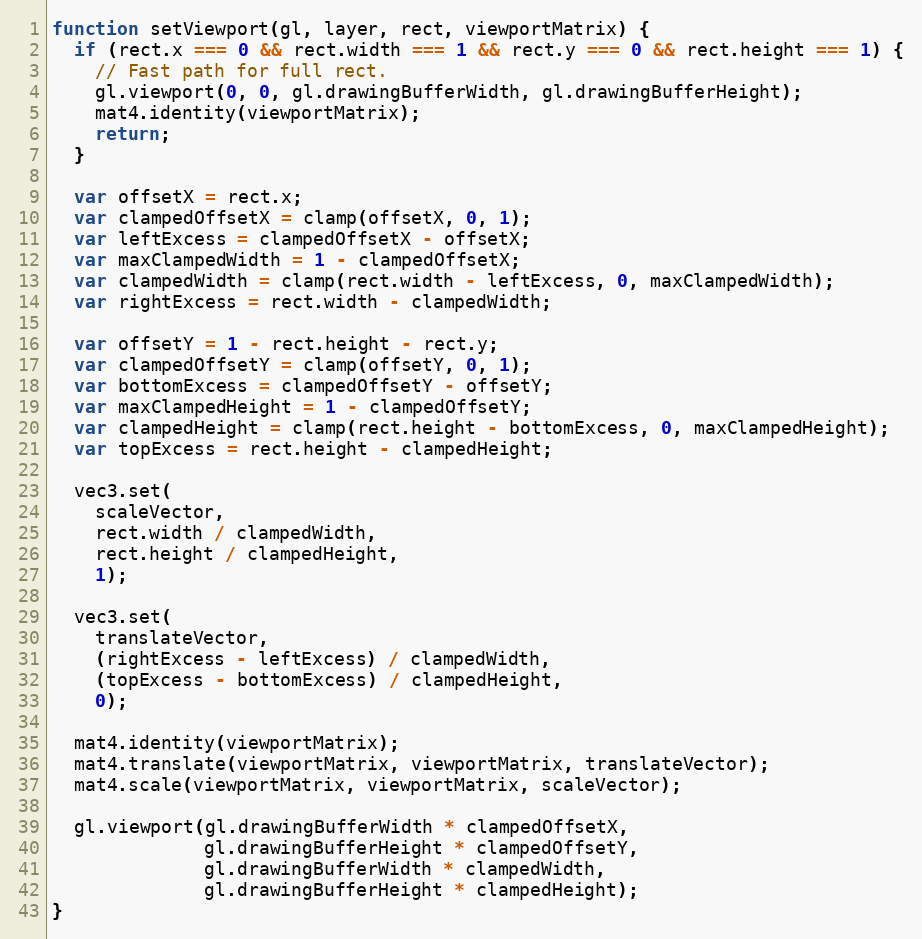
Language: JavaScript
function setViewport(gl, layer, rect, viewportMatrix) {
  if (rect.x === 0 && rect.width === 1 && rect.y === 0 && rect.height === 1) {
    // Fast path for full rect.
    gl.viewport(0, 0, gl.drawingBufferWidth, gl.drawingBufferHeight);
    mat4.identity(viewportMatrix);
    return;
  }

  var offsetX = rect.x;
  var clampedOffsetX = clamp(offsetX, 0, 1);
  var leftExcess = clampedOffsetX - offsetX;
  var maxClampedWidth = 1 - clampedOffsetX;
  var clampedWidth = clamp(rect.width - leftExcess, 0, maxClampedWidth);
  var rightExcess = rect.width - clampedWidth;

  var offsetY = 1 - rect.height - rect.y;
  var clampedOffsetY = clamp(offsetY, 0, 1);
  var bottomExcess = clampedOffsetY - offsetY;
  var maxClampedHeight = 1 - clampedOffsetY;
  var clampedHeight = clamp(rect.height - bottomExcess, 0, maxClampedHeight);
  var topExcess = rect.height - clampedHeight;

  vec3.set(
    scaleVector,
    rect.width / clampedWidth,
    rect.height / clampedHeight,
    1);

  vec3.set(
    translateVector,
    (rightExcess - leftExcess) / clampedWidth,
    (topExcess - bottomExcess) / clampedHeight,
    0);

  mat4.identity(viewportMatrix);
  mat4.translate(viewportMatrix, viewportMatrix, translateVector);
  mat4.scale(viewportMatrix, viewportMatrix, scaleVector);

  gl.viewport(gl.drawingBufferWidth * clampedOffsetX,
              gl.drawingBufferHeight * clampedOffsetY,
              gl.drawingBufferWidth * clampedWidth,
              gl.drawingBufferHeight * clampedHeight);
}